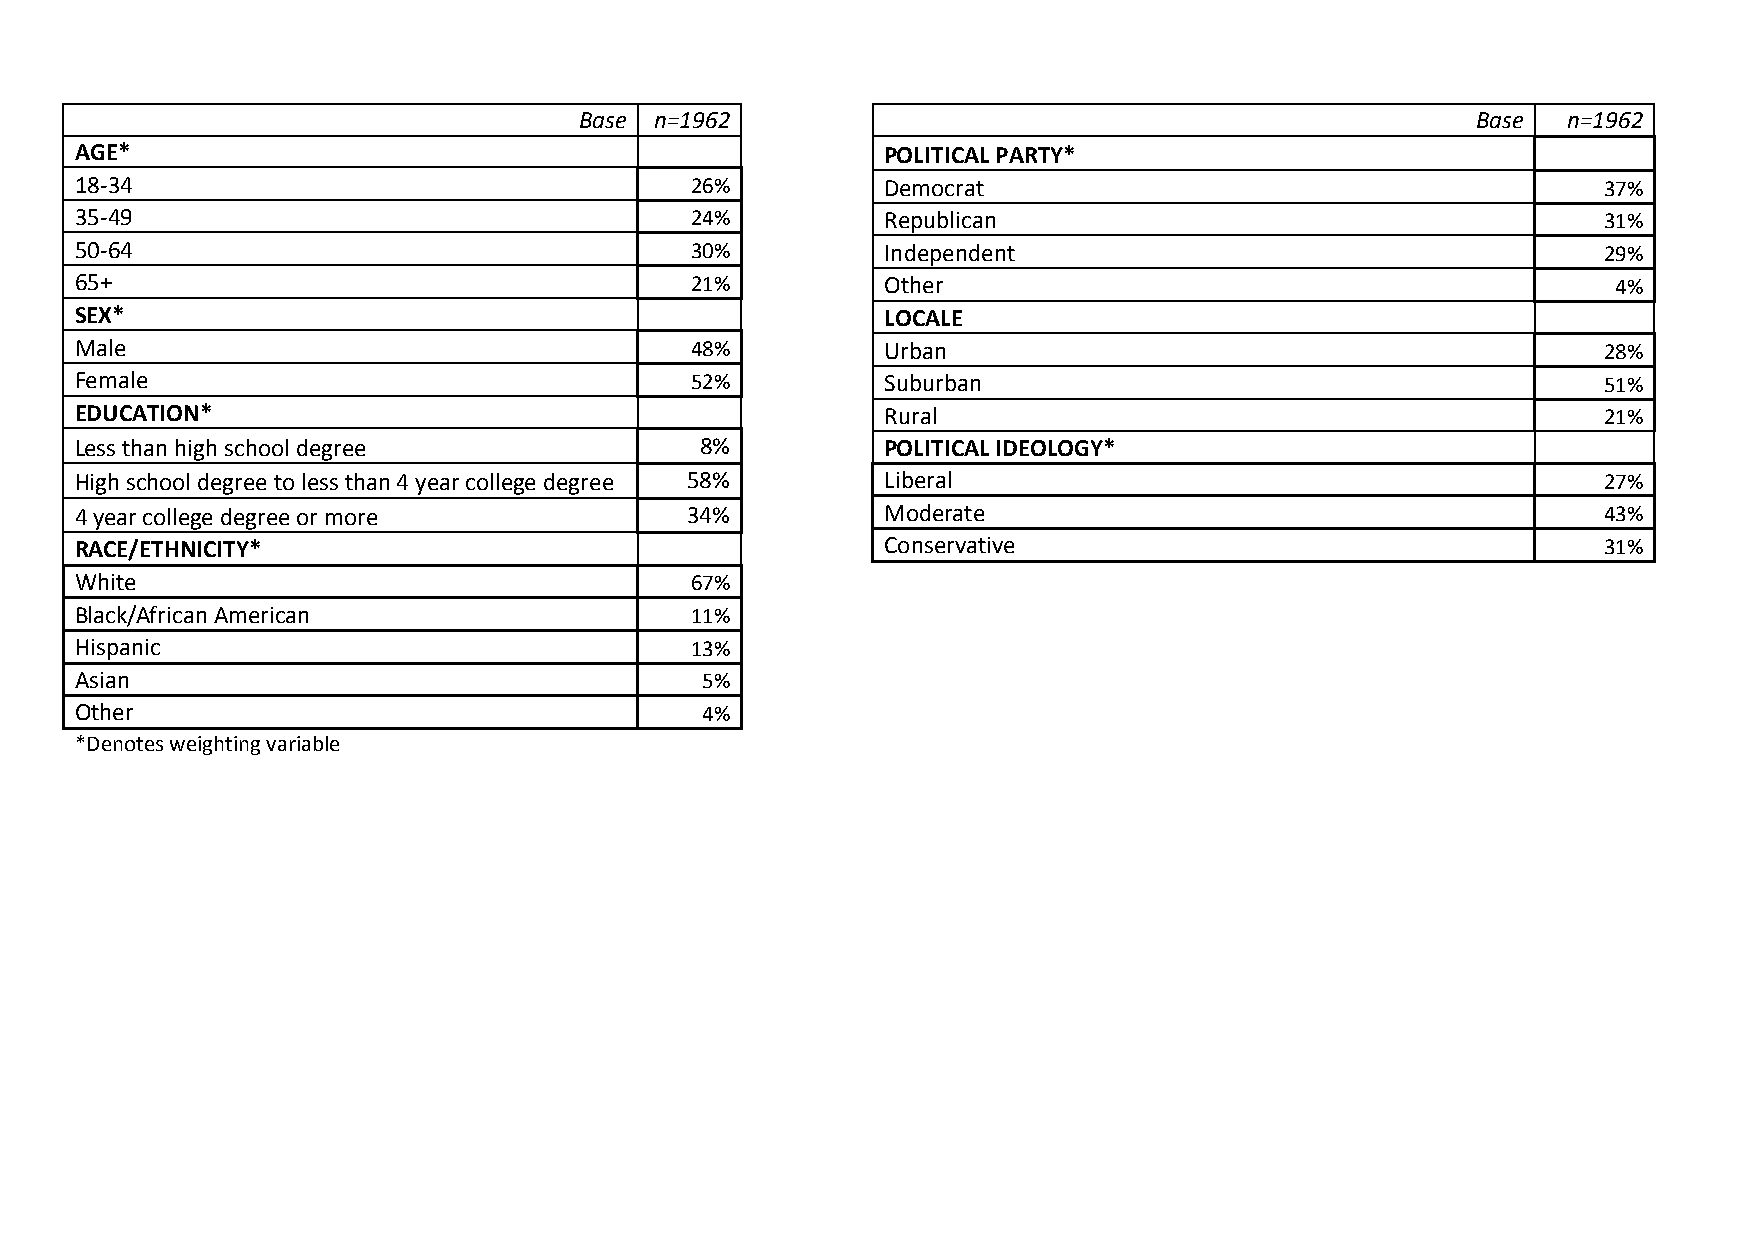
Base n=1962                                                 Base  n=1962
 AGE*                                                  POLITICAL PARTY*
 18-34                                    26%          Democrat                                       37%
 35-49                                    24%          Republican                                     31%
 50-64                                    30%          Independent                                    29%
 65+                                      21%          Other                                           4%
 SEX*                                                  LOCALE
 Male                                     48%          Urban                                          28%
 Female                                   52%          Suburban                                       51%
 EDUCATION*                                            Rural                                          21%
 Less than high school degree             8%           POLITICAL IDEOLOGY*
 High school degree to less than 4 year college degree 58% Liberal                                    27%
 4 year college degree or more           34%           Moderate                                       43%
 RACE/ETHNICITY*                                       Conservative                                   31%
 White                                    67%
 Black/African American                   11%
 Hispanic                                 13%
 Asian                                    5%
 Other                                    4%
 *Denotes weighting variable